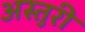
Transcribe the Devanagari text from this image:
अस्तुरी